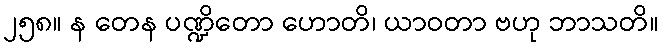
၂၅၈။ န တေန ပဏ္ဍိတော ဟောတိ၊ ယာဝတာ ဗဟု ဘာသတိ။